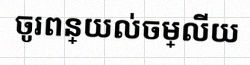
ចូរពន្យល់ចម្លើយ